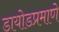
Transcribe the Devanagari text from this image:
डायोडप्रमाणे